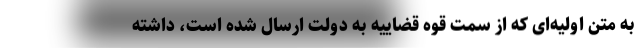
به متن اولیه‌ای که از سمت قوه قضاییه به دولت ارسال شده است، داشته